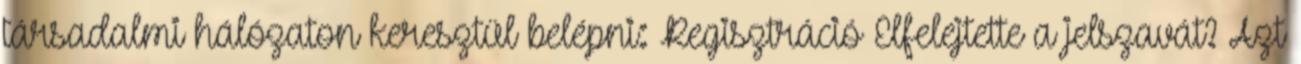
társadalmi hálózaton keresztül belépni: Regisztráció Elfelejtette a jelszavát? Azt